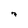
Character: 7